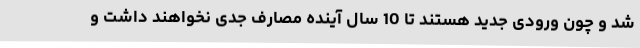
شد و چون ورودی جدید هستند تا 10 سال آینده مصارف جدی نخواهند داشت و